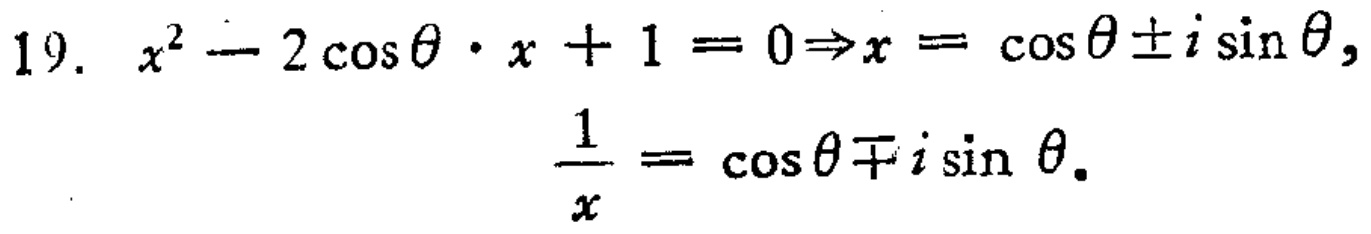
19. \(x^{2}-2\cos\theta\cdot x + 1 = 0\Rightarrow x=\cos\theta\pm i\sin\theta,\)

\(\frac{1}{x}=\cos\theta\mp i\sin\theta.\)